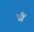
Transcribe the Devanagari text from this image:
भ्रौं